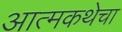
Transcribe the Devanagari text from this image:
आत्मकथेचा